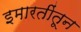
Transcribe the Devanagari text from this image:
इमारतींतून